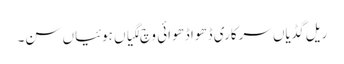
ریل گڈیاں سرکاری ڈھوا ڈھوائی وچ لگیاں ہوئیاں سن۔